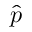
\hat { p }